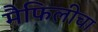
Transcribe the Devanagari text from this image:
मैफिलीचा